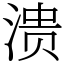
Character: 溃